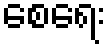
စေရေး